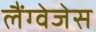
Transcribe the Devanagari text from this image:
लैंग्वेजेस